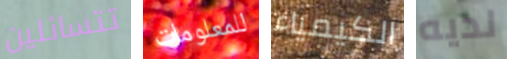
تتسائلين للمعلومات الكيمياء لديه